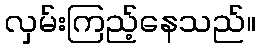
လှမ်းကြည့်နေသည်။